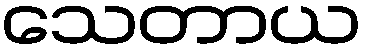
သေတာယ